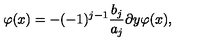
\varphi ( x ) = - ( - 1 ) ^ { j - 1 } \frac { b _ { j } } { a _ { j } } \partial y \varphi ( x ) ,